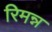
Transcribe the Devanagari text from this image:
रिमन्न